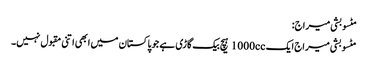
مٹسوبشی میراج:
مٹسوبشی میراج ایک 1000cc ہیچ بیک گاڑی ہے جو پاکستان میں ابھی اتنی مقبول نہیں۔